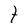
Character: t